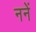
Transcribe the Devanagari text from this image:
ननें